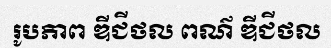
រូបភាព ឌីជីថល ពណ៌ ឌីជីថល